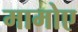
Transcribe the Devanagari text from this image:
मामोए